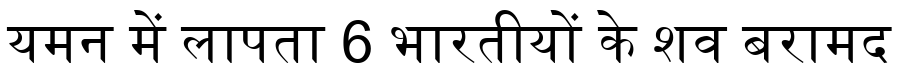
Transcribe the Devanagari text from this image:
यमन में लापता 6 भारतीयों के शव बरामद